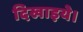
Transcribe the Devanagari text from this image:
दिखाइये।